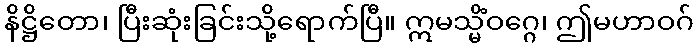
နိဋ္ဌိတော၊ ပြီးဆုံးခြင်းသို့ရောက်ပြီ။ ဣမသ္မိံဝဂ္ဂေ၊ ဤမဟာဝဂ်